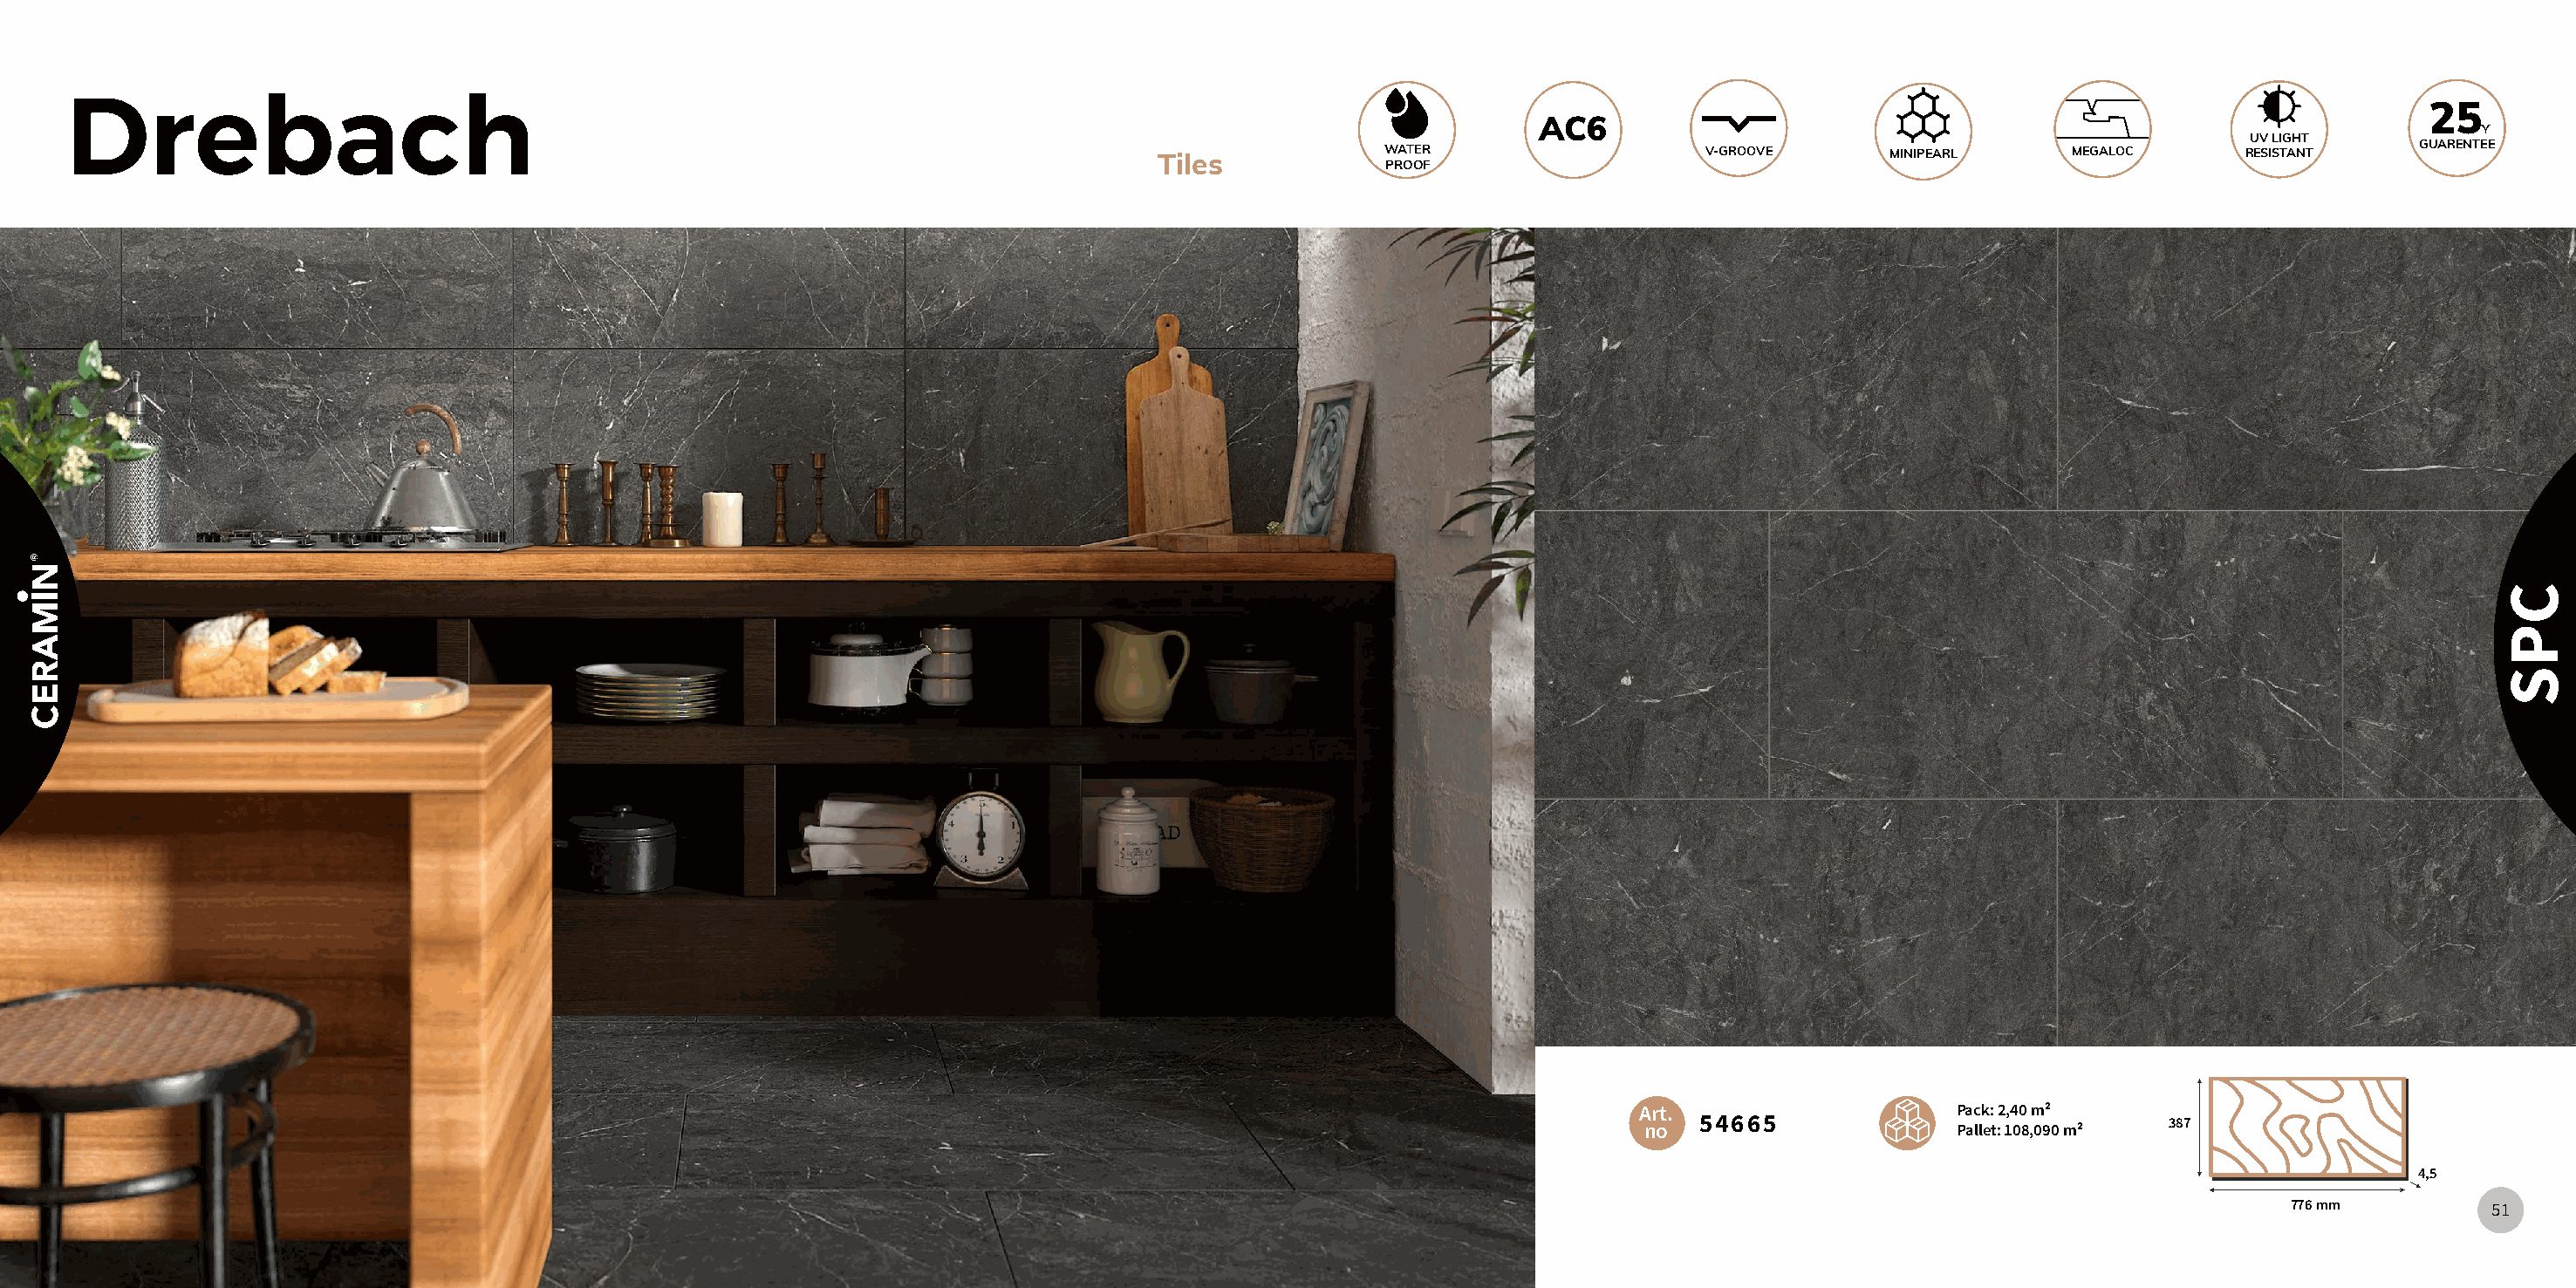
Drebach                                                                                                                                                                            25
 AC6
 Y
 UV LIGHT
 Tiles            WATER                   V-GROOVE      MINIPEARL     MEGALOC      RESISTANT     GUARENTEE
 PROOF
 Art.                     Pack: 2,40 m²
 no  54665               Pallet: 108,090 m² 387
 4,5
 776 mm         51